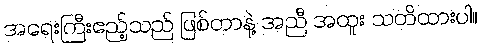
အရေးကြီးဧည့်သည် ဖြစ်တာနဲ့ အညီ အထူး သတိထားပါ။